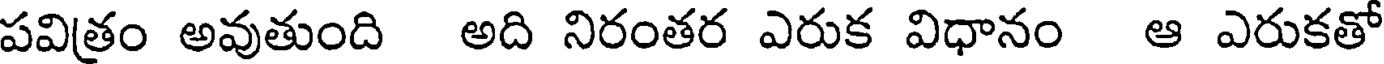
పవిత్రం అవుతుంది అది నిరంతర ఎరుక విధానం ఆ ఎరుకతో